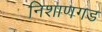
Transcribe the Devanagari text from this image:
निशाणगड